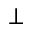
{ \bot }